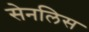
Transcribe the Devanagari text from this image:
सेनलिस